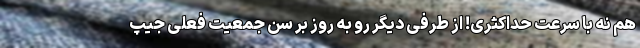
هم نه با سرعت حداکثری! از طرفی دیگر رو به روز بر سن جمعیت فعلی جیپ